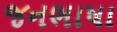
જનભાષા